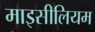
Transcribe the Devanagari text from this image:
माइसीलियम